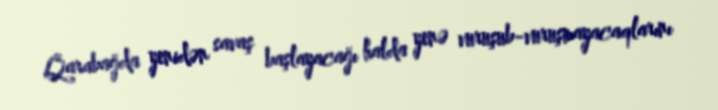
Qarabağda yenidən savaş başlayacağı halda yenə vuruşub-vuruşmayacaqlarını